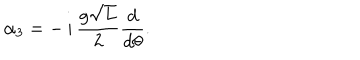
\alpha _ { 3 } = - \, i \, { \frac { g \sqrt L } { 2 } } { \frac { d } { d \theta } } .